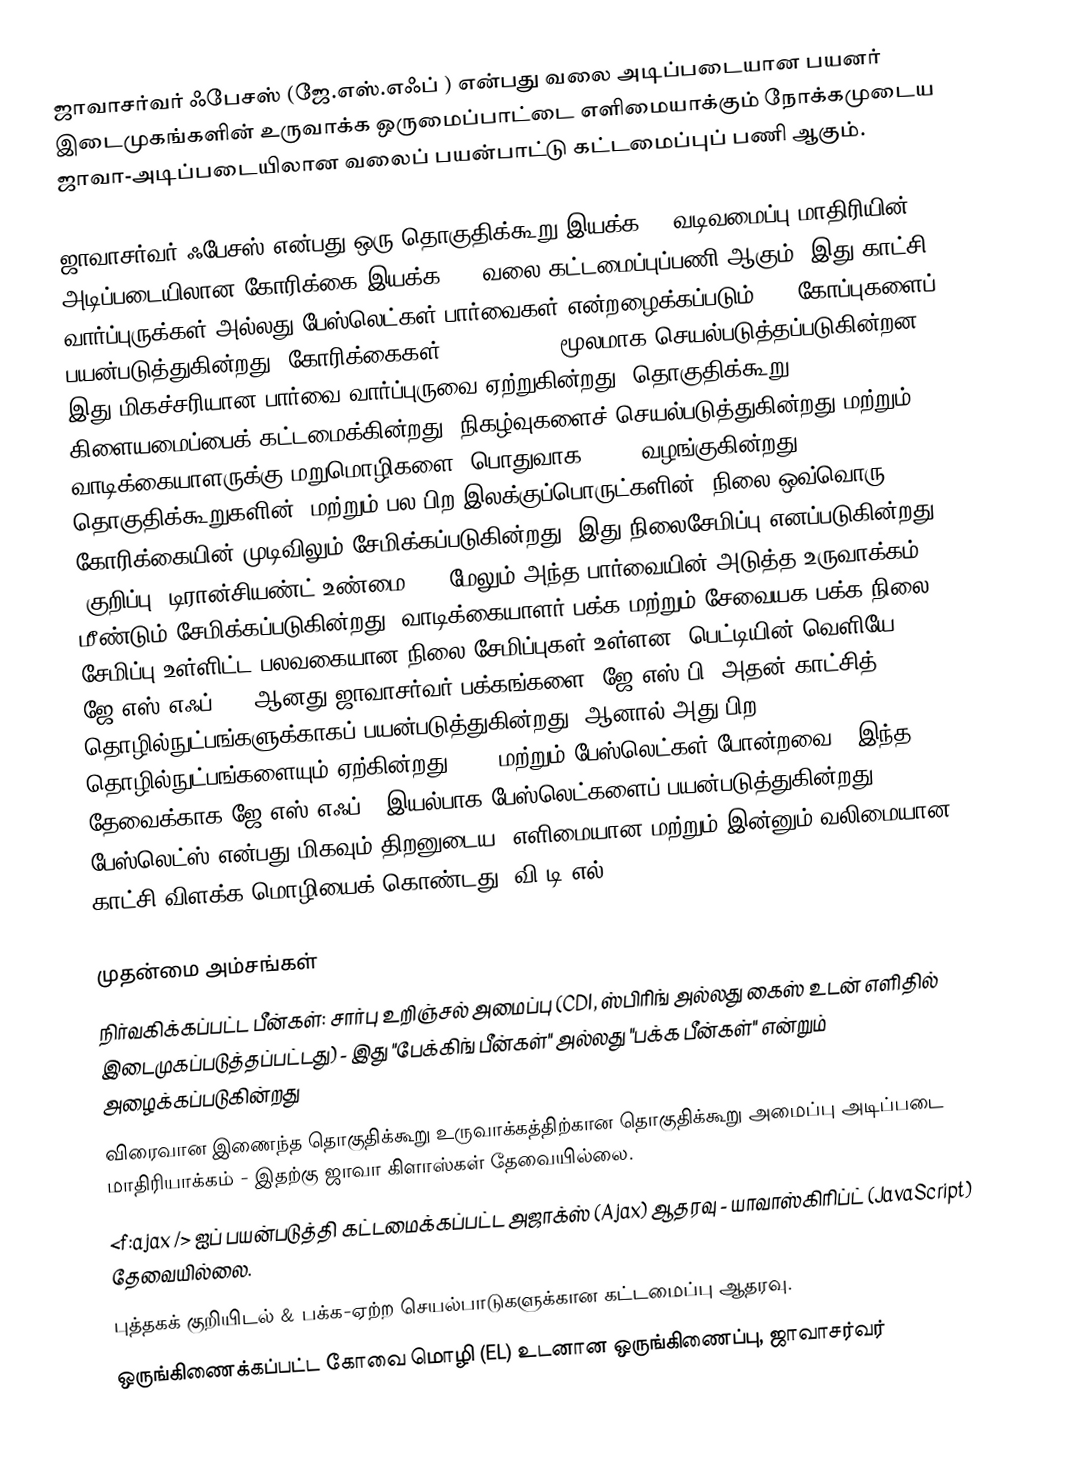
ஜாவாசர்வர் ஃபேசஸ் (ஜே.எஸ்.எஃப் ) என்பது வலை அடிப்படையான பயனர் இடைமுகங்களின் உருவாக்க ஒருமைப்பாட்டை எளிமையாக்கும் நோக்கமுடைய ஜாவா-அடிப்படையிலான வலைப் பயன்பாட்டு கட்டமைப்புப் பணி ஆகும்.

ஜாவாசர்வர் ஃபேசஸ் என்பது ஒரு தொகுதிக்கூறு இயக்க UI வடிவமைப்பு மாதிரியின் அடிப்படையிலான கோரிக்கை-இயக்க MVC வலை கட்டமைப்புப்பணி ஆகும். இது காட்சி வார்ப்புருக்கள் அல்லது பேஸ்லெட்கள் பார்வைகள் என்றழைக்கப்படும் XML கோப்புகளைப் பயன்படுத்துகின்றது. கோரிக்கைகள் FacesServlet மூலமாக செயல்படுத்தப்படுகின்றன. இது மிகச்சரியான பார்வை வார்ப்புருவை ஏற்றுகின்றது, தொகுதிக்கூறு கிளையமைப்பைக் கட்டமைக்கின்றது, நிகழ்வுகளைச் செயல்படுத்துகின்றது மற்றும் வாடிக்கையாளருக்கு மறுமொழிகளை (பொதுவாக HTML) வழங்குகின்றது. UI தொகுதிக்கூறுகளின் (மற்றும் பல பிற இலக்குப்பொருட்களின்) நிலை ஒவ்வொரு கோரிக்கையின் முடிவிலும் சேமிக்கப்படுகின்றது (இது நிலைசேமிப்பு எனப்படுகின்றது (குறிப்பு: டிரான்சியண்ட் உண்மை )). மேலும் அந்த பார்வையின் அடுத்த உருவாக்கம் மீண்டும் சேமிக்கப்படுகின்றது. வாடிக்கையாளர்-பக்க மற்றும் சேவையக-பக்க நிலை சேமிப்பு உள்ளிட்ட பலவகையான நிலை சேமிப்புகள் உள்ளன. பெட்டியின் வெளியே, ஜே.எஸ்.எஃப் 1.x ஆனது ஜாவாசர்வர் பக்கங்களை (ஜே.எஸ்.பி) அதன் காட்சித் தொழில்நுட்பங்களுக்காகப் பயன்படுத்துகின்றது. ஆனால் அது பிற தொழில்நுட்பங்களையும் ஏற்கின்றது (XUL மற்றும் பேஸ்லெட்கள் போன்றவை). இந்த தேவைக்காக ஜே.எஸ்.எஃப் 2 இயல்பாக பேஸ்லெட்களைப் பயன்படுத்துகின்றது. பேஸ்லெட்ஸ் என்பது மிகவும் திறனுடைய, எளிமையான மற்றும் இன்னும் வலிமையான காட்சி விளக்க மொழியைக் கொண்டது (வி.டி.எல்).

முதன்மை அம்சங்கள்
 நிர்வகிக்கப்பட்ட பீன்கள்: சார்பு உறிஞ்சல் அமைப்பு (CDI, ஸ்பிரிங் அல்லது கைஸ் உடன் எளிதில் இடைமுகப்படுத்தப்பட்டது) - இது "பேக்கிங் பீன்கள்" அல்லது "பக்க பீன்கள்" என்றும் அழைக்கப்படுகின்றது
 விரைவான இணைந்த தொகுதிக்கூறு உருவாக்கத்திற்கான தொகுதிக்கூறு அமைப்பு அடிப்படை மாதிரியாக்கம் - இதற்கு ஜாவா கிளாஸ்கள் தேவையில்லை.
 <f:ajax /> ஐப் பயன்படுத்தி கட்டமைக்கப்பட்ட அஜாக்ஸ் (Ajax) ஆதரவு - யாவாஸ்கிரிப்ட் (JavaScript) தேவையில்லை.
 புத்தகக் குறியிடல் & பக்க-ஏற்ற செயல்பாடுகளுக்கான கட்டமைப்பு ஆதரவு.
 ஒருங்கிணைக்கப்பட்ட கோவை மொழி (EL) உடனான ஒருங்கிணைப்பு, ஜாவாசர்வர்